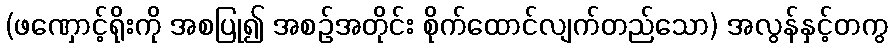
(ဖဏှောင့်ရိုးကို အစပြု၍ အစဉ်အတိုင်း စိုက်ထောင်လျက်တည်သော) အလွန်နှင့်တကွ